Regulations for the medical services of the Army of India
Year: 1930
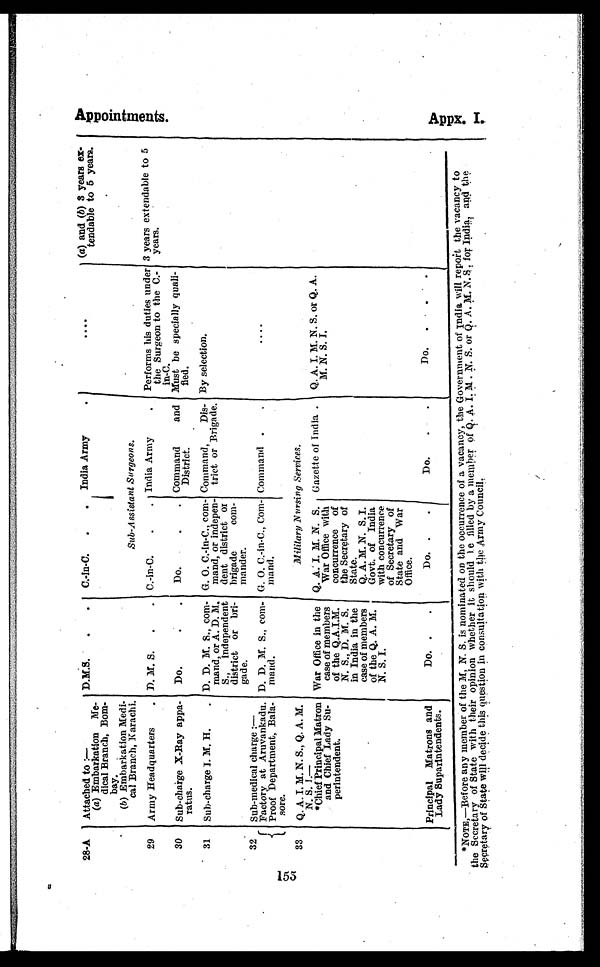
155
28-A
Attached to :—
D.M.S.
.
.
C.-in-C.
.
.
India Army.
....
(a) and (b) 3 years ex-
tendable to 6 years.
(a) Embarkation Me-
dical Branch, Bom-
bay.
(b) Embarkation Medi-
cal Branch, Karachi.
Sub-Assistant Surgeons.
29
Army Headquarters. D. M. S...
C. -in-C ... India Army
.
Performs his duties under
the Surgeon to the C.-
in-C.
3 years extendable to 5
years.
30
Sub-charge X-Ray appa-
ratus.
Do.
.
.
Do.
.
. Command and
District.
Must be specially quali-
f i ed.
31
Sub-charge I. M. H.
. D. D. M. S., com-
mand, or A. D. M.
S., independent
district or bri-
gade.
G. O. C.-in-C., com-
mend, or indepen-
dent district or
brigade com-
mander.
Command, Dis-
trict or Brigade.
By selection.
32
Sub-medical charge :—
Factory at Aruvankadu.
Proof Department, Bala-
sore.
D. D. M. S., com-
mend.
G. O. C.-in-C., Com-
mend.
Command .
.
. . . .
33
Q. A. I. M. N. S., Q. A. M.
N. S. I.—
Military Nursing Services.
*Chief Principal Matron
and Chief Lady Su-
perintendent.
War Office in the
case of members
of the Q.A.I.M.
N. S., D. M. S.
in India in the
case of members
of the Q. A. M.
N. S. I.
Q. A. I. M. N. S.
War Office with
concurrence of
the Secretary of
State.
Q. A. M. N. S. I.
Govt. of India
with concurrence
of Secretary of
State and War
Office.
Gazette of India .
Q. A. I. M. N. S. or Q. A.
M. N. S. I.
Principal Matrons and
Lady Suparintendents.
Do.
.
.
Do. .
.
Do.
.
.
Do.
.
.
.
*NOTE,—Before any member of the M, N. S. is nominated on the occurrence of a vacancy, the Government of India will report the vacancy to
the Secretary of State with their opinion whether IL should he filled by a member of Q. A. I. M . N. S. or Q. A. M. N. S. for India, and the
Secretary of State will decide this question in consultation with the Army Council.
Appoi nt ment s.
A p p x , I .